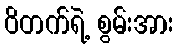
ဝိတက်ရဲ့ စွမ်းအား